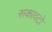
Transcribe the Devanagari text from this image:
रूकावटो